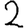
Digit: 2